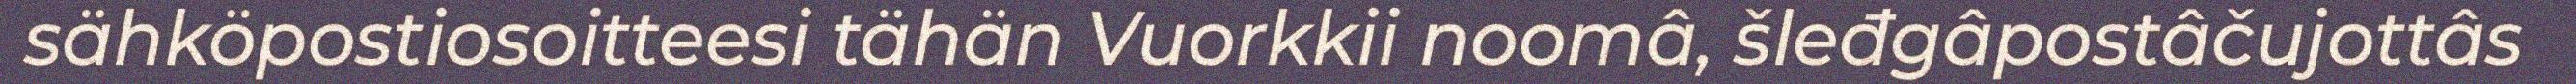
sähköpostiosoitteesi tähän Vuorkkii noomâ, šleđgâpostâčujottâs